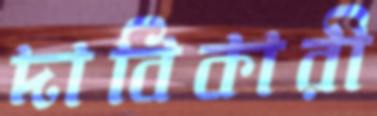
দাবিকারী